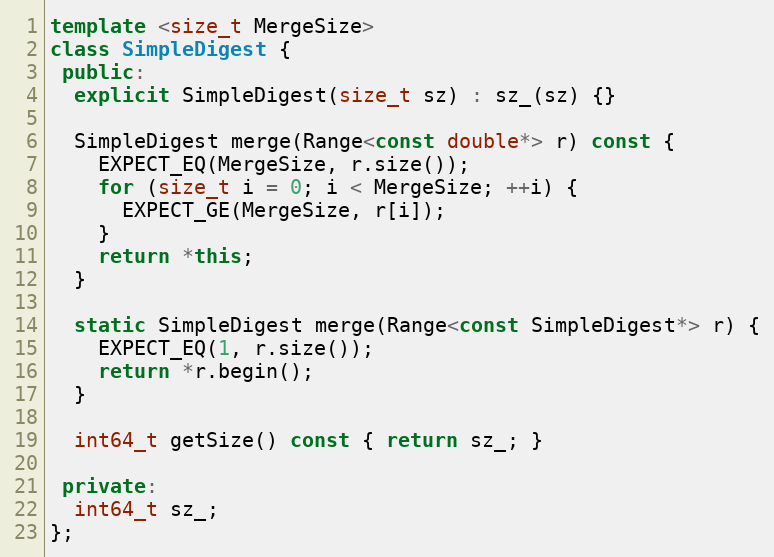
Language: C++
template <size_t MergeSize>
class SimpleDigest {
 public:
  explicit SimpleDigest(size_t sz) : sz_(sz) {}

  SimpleDigest merge(Range<const double*> r) const {
    EXPECT_EQ(MergeSize, r.size());
    for (size_t i = 0; i < MergeSize; ++i) {
      EXPECT_GE(MergeSize, r[i]);
    }
    return *this;
  }

  static SimpleDigest merge(Range<const SimpleDigest*> r) {
    EXPECT_EQ(1, r.size());
    return *r.begin();
  }

  int64_t getSize() const { return sz_; }

 private:
  int64_t sz_;
};